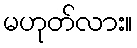
မဟုတ်လား။